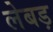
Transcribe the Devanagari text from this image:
लेबड़